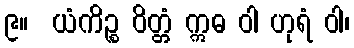
၉။  ယံကိဉ္စ ဝိတ္တံ ဣဓ ဝါ ဟုရံ ဝါ၊